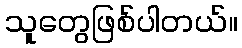
သူတွေဖြစ်ပါတယ်။